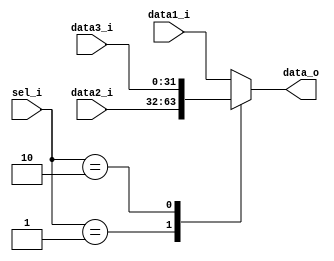
module MUX32_3
(
	sel_i,
	data1_i,
	data2_i,
	data3_i,
	data_o
);

input 	[1:0]		sel_i;
input 	[31:0]		data1_i,data2_i,data3_i;
output 	[31:0]		data_o;
reg 	[31:0]		data;

assign data_o=data;

always@(sel_i or data1_i or data2_i or data3_i)begin
	case(sel_i)
		2'b00:data <= data1_i;
		2'b01:data <= data2_i;
		2'b10:data <= data3_i;
		default:data <= data1_i;
	endcase
end

endmodule